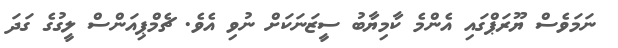
ނަމަވެސް ޔޫރަޕްގައި އެންމެ ކާމިޔާބު ސީޒަނަކަށް ނުވި އެވެ. ޗެމްޕިއަންސްް ލީގުގެ ގަދަ